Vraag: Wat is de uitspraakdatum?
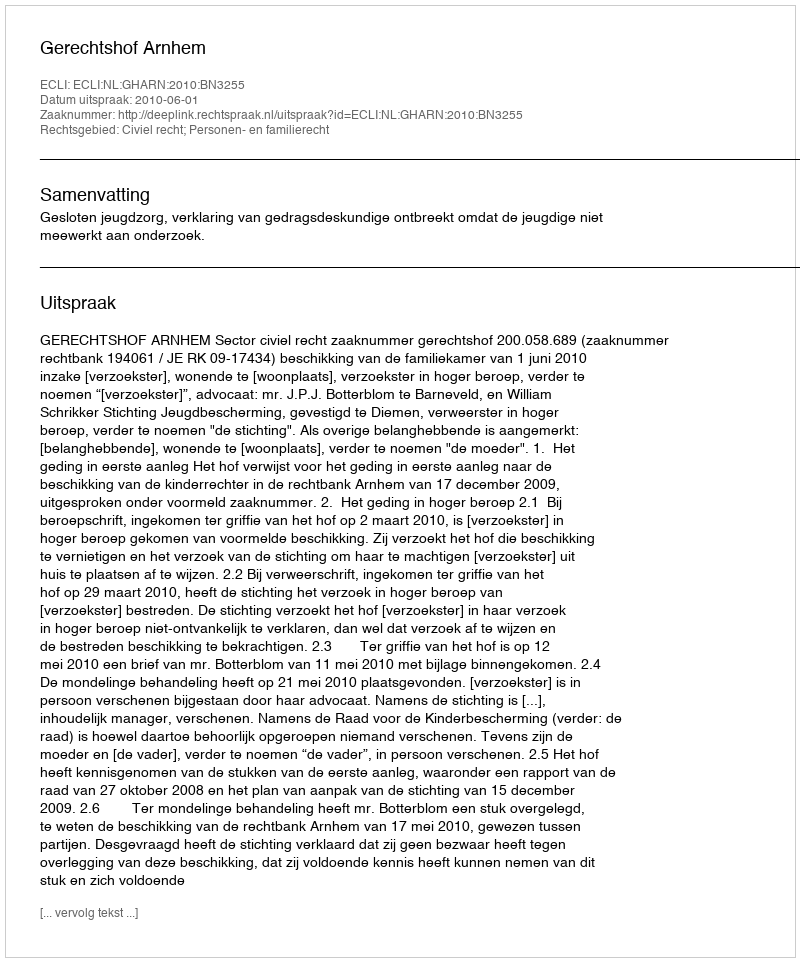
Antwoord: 2010-06-01